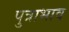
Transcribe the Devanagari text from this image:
पुत्राभाव